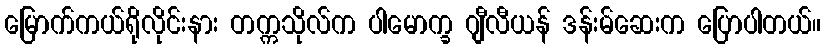
မြောက်ကယ်ရိုလိုင်းနား တက္ကသိုလ်က ပါမောက္ခ ဂျီလီယန် ဒန်းမ်ဆေးက ပြောပါတယ်။